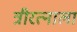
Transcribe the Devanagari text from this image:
त्रीरत्नाला